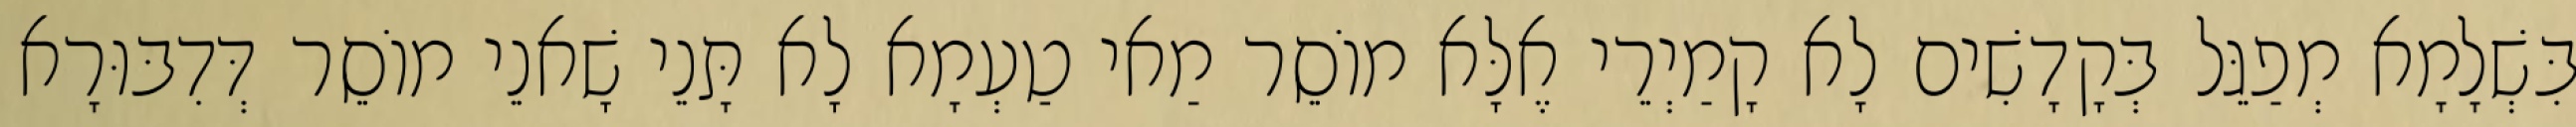
בִּשְׁלָמָא מְפַגֵּל בְּקָדָשִׁים לָא קָמַיְרֵי אֶלָּא מוֹסֵר מַאי טַעְמָא לָא תָּנֵי שָׁאנֵי מוֹסֵר דְּדִבּוּרָא